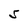
Character: S